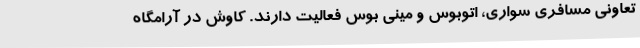
تعاونی مسافری سواری، اتوبوس و مینی بوس فعالیت دارند. کاوش در آرامگاه